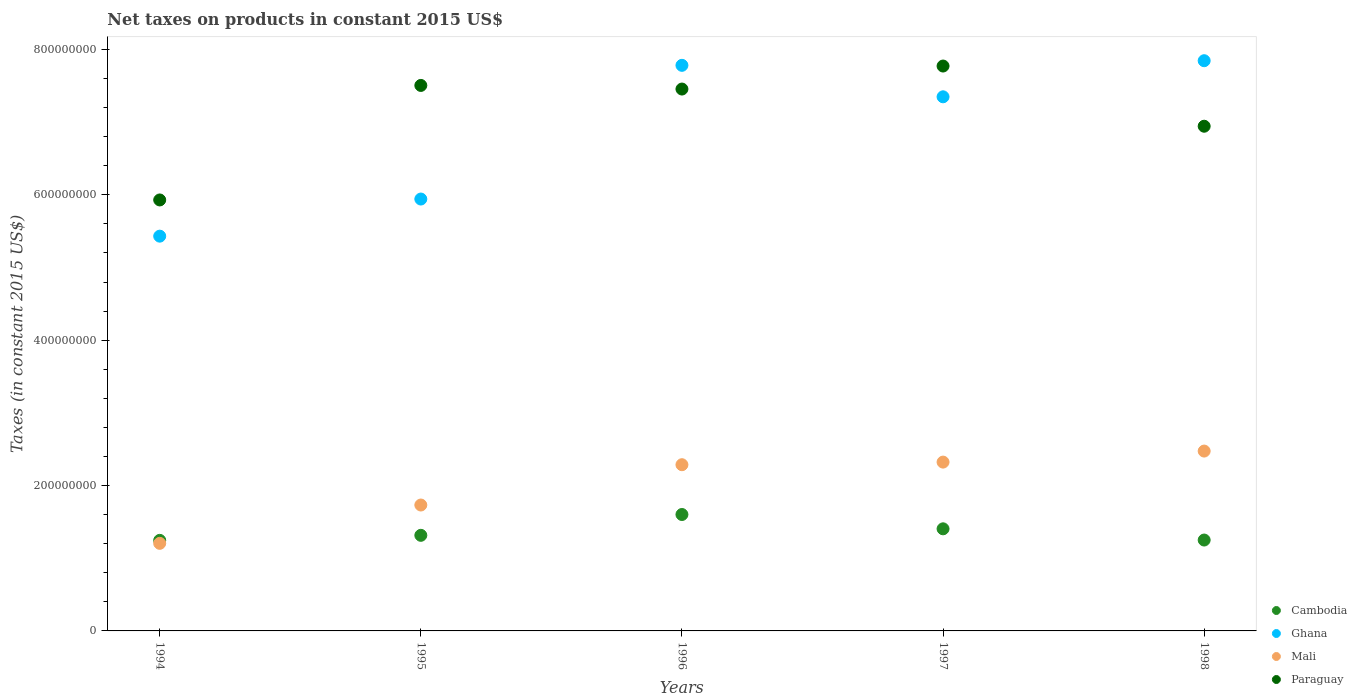
| Years | Cambodia | Ghana | Mali | Paraguay |
 | --- | --- | --- | --- | --- |
 | 1994 | 1.25e+08 | 5.43e+08 | 1.2e+08 | 5.93e+08 |
 | 1995 | 1.32e+08 | 5.94e+08 | 1.73e+08 | 7.5e+08 |
 | 1996 | 1.6e+08 | 7.78e+08 | 2.29e+08 | 7.45e+08 |
 | 1997 | 1.4e+08 | 7.35e+08 | 2.32e+08 | 7.77e+08 |
 | 1998 | 1.25e+08 | 7.84e+08 | 2.47e+08 | 6.94e+08 |